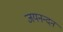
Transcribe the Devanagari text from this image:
जयनन्दन